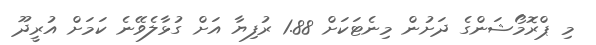
މި ޕްރޮމޯޝަންގެ ދަށުން މިނެޓަކަށް 1.88 ރުފިޔާ އަށް ގުޅާލެވޭނެ ކަމަށް އުރީދޫ